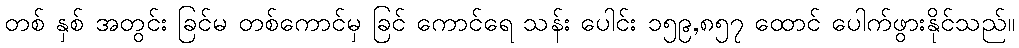
တစ် နှစ် အတွင်း ခြင်မ တစ်ကောင်မှ ခြင် ကောင်ရေ သန်း ပေါင်း ၁၅၉,၈၅၇ ထောင် ပေါက်ဖွားနိုင်သည်။